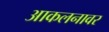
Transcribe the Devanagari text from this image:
आकलनावर